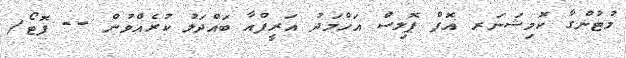
މުޓުންގާ ކޮމިޝަނަރ އޮފް ޕޮލިސް އަހްމަދު އަރީފްއާ ބައްދަލު ކުރެއްވުން -- ފޮޓޯ/